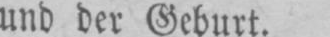
und der Geburt.